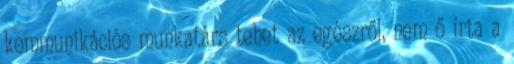
kommunikációs munkatárs tehet az egészről, nem ő írta a